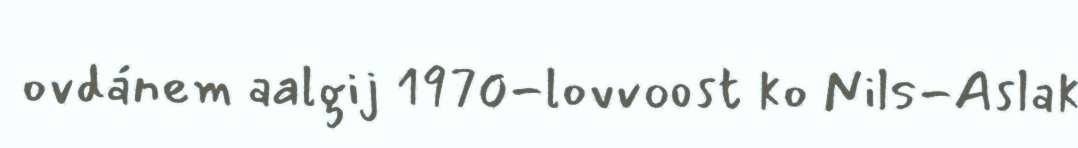
ovdánem aalgij 1970-lovvoost ko Nils-Aslak